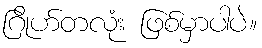
ဂြိုဟ်တလုံး ဖြစ်မှာပါပဲ။